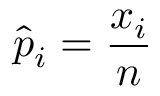
{ \hat { p } } _ { i } = { \frac { x _ { i } } { n } }